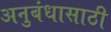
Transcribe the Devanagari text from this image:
अनुबंधासाठी